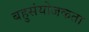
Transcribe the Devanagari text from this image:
बहुसंयोजकता